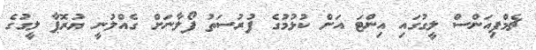
ޗެމްޕިއަންސް ލީގުގައި އިންޓަ އަށް ކުޅުމުގެ ފުރުސަތު ފޯލާނަށް ގެއްލުނީ ޔުރޮޕާ ލީގުގެ